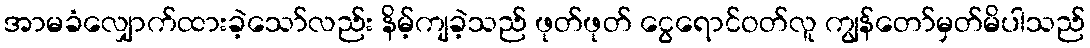
အာမခံလျှောက်ထားခဲ့သော်လည်း နိမ့်ကျခဲ့သည် ဖုတ်ဖုတ် ငွေရောင်ဝတ်လူ ကျွန်တော်မှတ်မိပါသည်